Report of the King Institute of Preventive Medicine, Guindy
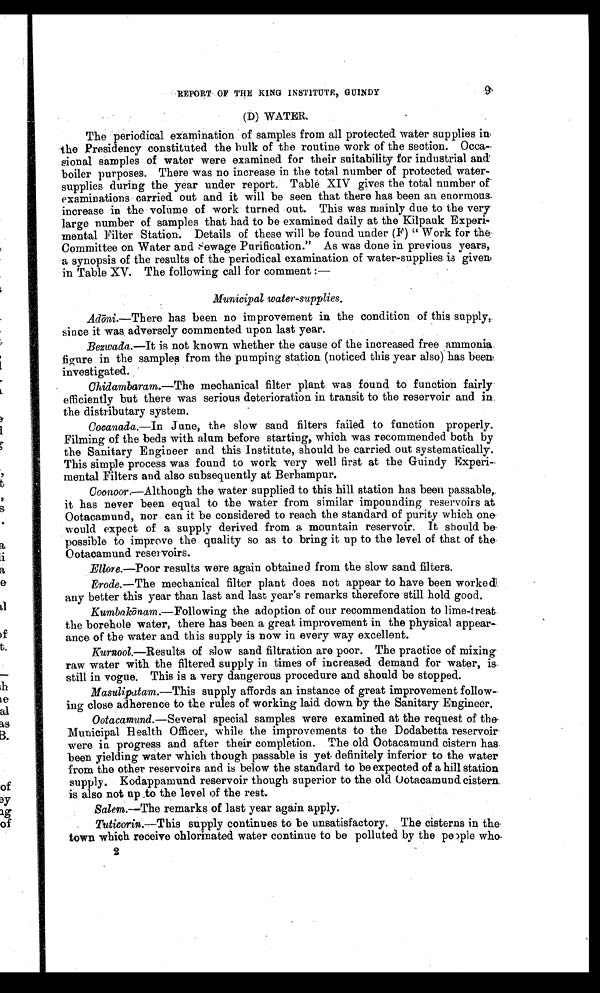
REPORT OF THE KING INSTITUTE, GUINDY
(D) WATER.
The periodical examination of samples from all protected water supplies in
the Presidency constituted the bulk of the routine work of the section. Occa
-sional samples of water were examined for their suitability for industrial and
boiler purposes. There was no increase in the total number of protected water-
supplies during the year under report. Table XIV gives the total number of
examinations carried out and it will be seen that there has been an enormous
increase in the volume of work turned out. This was mainly due to the very
large number of samples that bad to be examined daily at the Kilpauk Experi-
mental Filter Station. Details of these will be found under (F) " Work for the
Commi ttee on Water and Sewage Puri fi cati on. " As was done i n previ ous years,
a synopsis of the results of the periodical examination of water-supplies is given
in Table XV. The following call for comment :—
Municipal water-supplies.
Adō ni.—There has been no improvement in the condition of this supply,
since it was, adversely commented upon last year.
Bezwada.—It is not known whether the cause of the increased free ammonia.
figure in the samples from the pumping station (noticed this year also) has been
investigated.
Chidambaram.—The mechanical filter plant was found to function fairly
efficiently but there was serious deterioration in transit to the reservoir and in.
the distributary system.
Cocanada.—In June, the slow sand filters failed to function properly.
Filming of the beds with alum before starting, which was recommended both by
the Sanitary Engineer and this Institute, should be carried out systematically.
This simple process was found to work very well first at the Guindy Experi
-mental Filters and also subsequently at Berhampur.
Coonoor.— Although the water supplied to this hill station has been passable,.
it has never been equal to the water from similar impounding reservoirs at
Ootacamund, nor can it be considered to reach the standard of purity which one
would expect of a supply derived from a mountain reservoir. It should be
possible to improve the quality so as to bring it up to the level of that of the
Ootacamund reservoirs.
Ellore.—Poor results were again obtained from the slow sand filters.
Erode.—The mechanical filter plant does not appear to have been worked
any better this year than last and last year's remarks therefore still hold good.
Kumbakōnam.— Following the adoption of our recommendation to lime-treat
the borehole water, there has been a great improvement in the physical appear
-ance of the water and this supply is now in every way excellent.
Kurnool.—Results of slow sand filtration are poor. The practice of mixing
raw water with the filtered supply in times of increased demand for water, is.
still in vogue. This is a very dangerous procedure and should be stopped.
Masulipatam.—This supply affords an instance of great improvement follow
-ing close adherence to the rules of working laid down by the Sanitary Engineer.
Ootacamund.—Several special samples were examined at the request of the
Municipal Health Officer, while the improvements to the Dodabetta reservoir
were in progress and after their completion. The old Ootacamund cistern has
been yielding water which though passable is yet definitely inferior to the water
from the other reservoirs and is below the standard to be expected of a hill station
supply. Kodappamund reservoir though superior to the old Ootacamund cistern
is also not up .to the level of the rest.
Salem.—The remarks of last year again apply.
Tuticorin.—This supply continues to be unsatisfactory. The cisterns in the
town which receive chlorinated water continue to be polluted by the people who